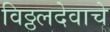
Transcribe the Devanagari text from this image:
विठ्ठलदेवाचे